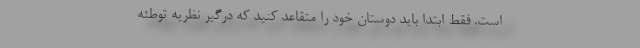
است. فقط ابتدا باید دوستان خود را متقاعد کنید که درگیر نظریه توطئه